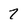
Character: 7